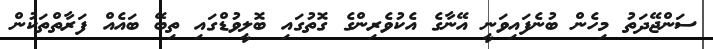
ސަންޖޭދަތު މިހެން ބުނެފައިވަނީ އޭނާގެ އެކުވެރިންގެ ގޮތުގައި ބޮލީވުޑްގައި ތިބޭ ބައެއް ފަރާތްތަކުން